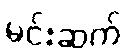
မင်းဆက်